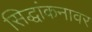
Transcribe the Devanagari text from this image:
सिद्धांकनावर